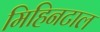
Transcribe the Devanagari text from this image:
मिहिनटाल